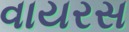
વાયરસ